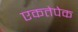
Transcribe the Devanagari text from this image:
एकतेपेक